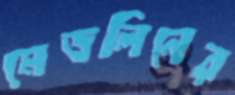
মেডলিনের